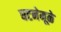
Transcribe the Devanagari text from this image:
घटनेमूळे